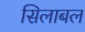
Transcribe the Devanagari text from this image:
सिलाबल